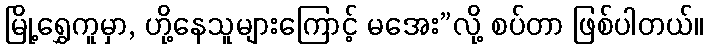
မြို့ရွှေကူမှာ, ဟို့နေသူများကြောင့် မအေး”လို့ စပ်တာ ဖြစ်ပါတယ်။